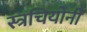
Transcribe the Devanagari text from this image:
स्त्रचियोनी